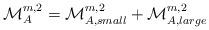
LaTeX: \begin{align*} \mathcal M_A^{m,2} = \mathcal M_{A,small}^{m,2}+ \mathcal M_{A,large}^{m,2}\end{align*}